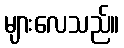
များလေသည်။